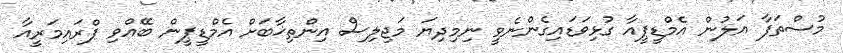
މުސްތަފާ އަލުން އެމްޑީޕީއާ ގުޅިވަޑައިގެންނެވީ ނިމިދިޔަ މަޖިލިސް އިންތިޚާބަށް އެމްޑީޕީން ބޭއްވި ޕްރައިމަރީއާ